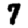
Digit: 7